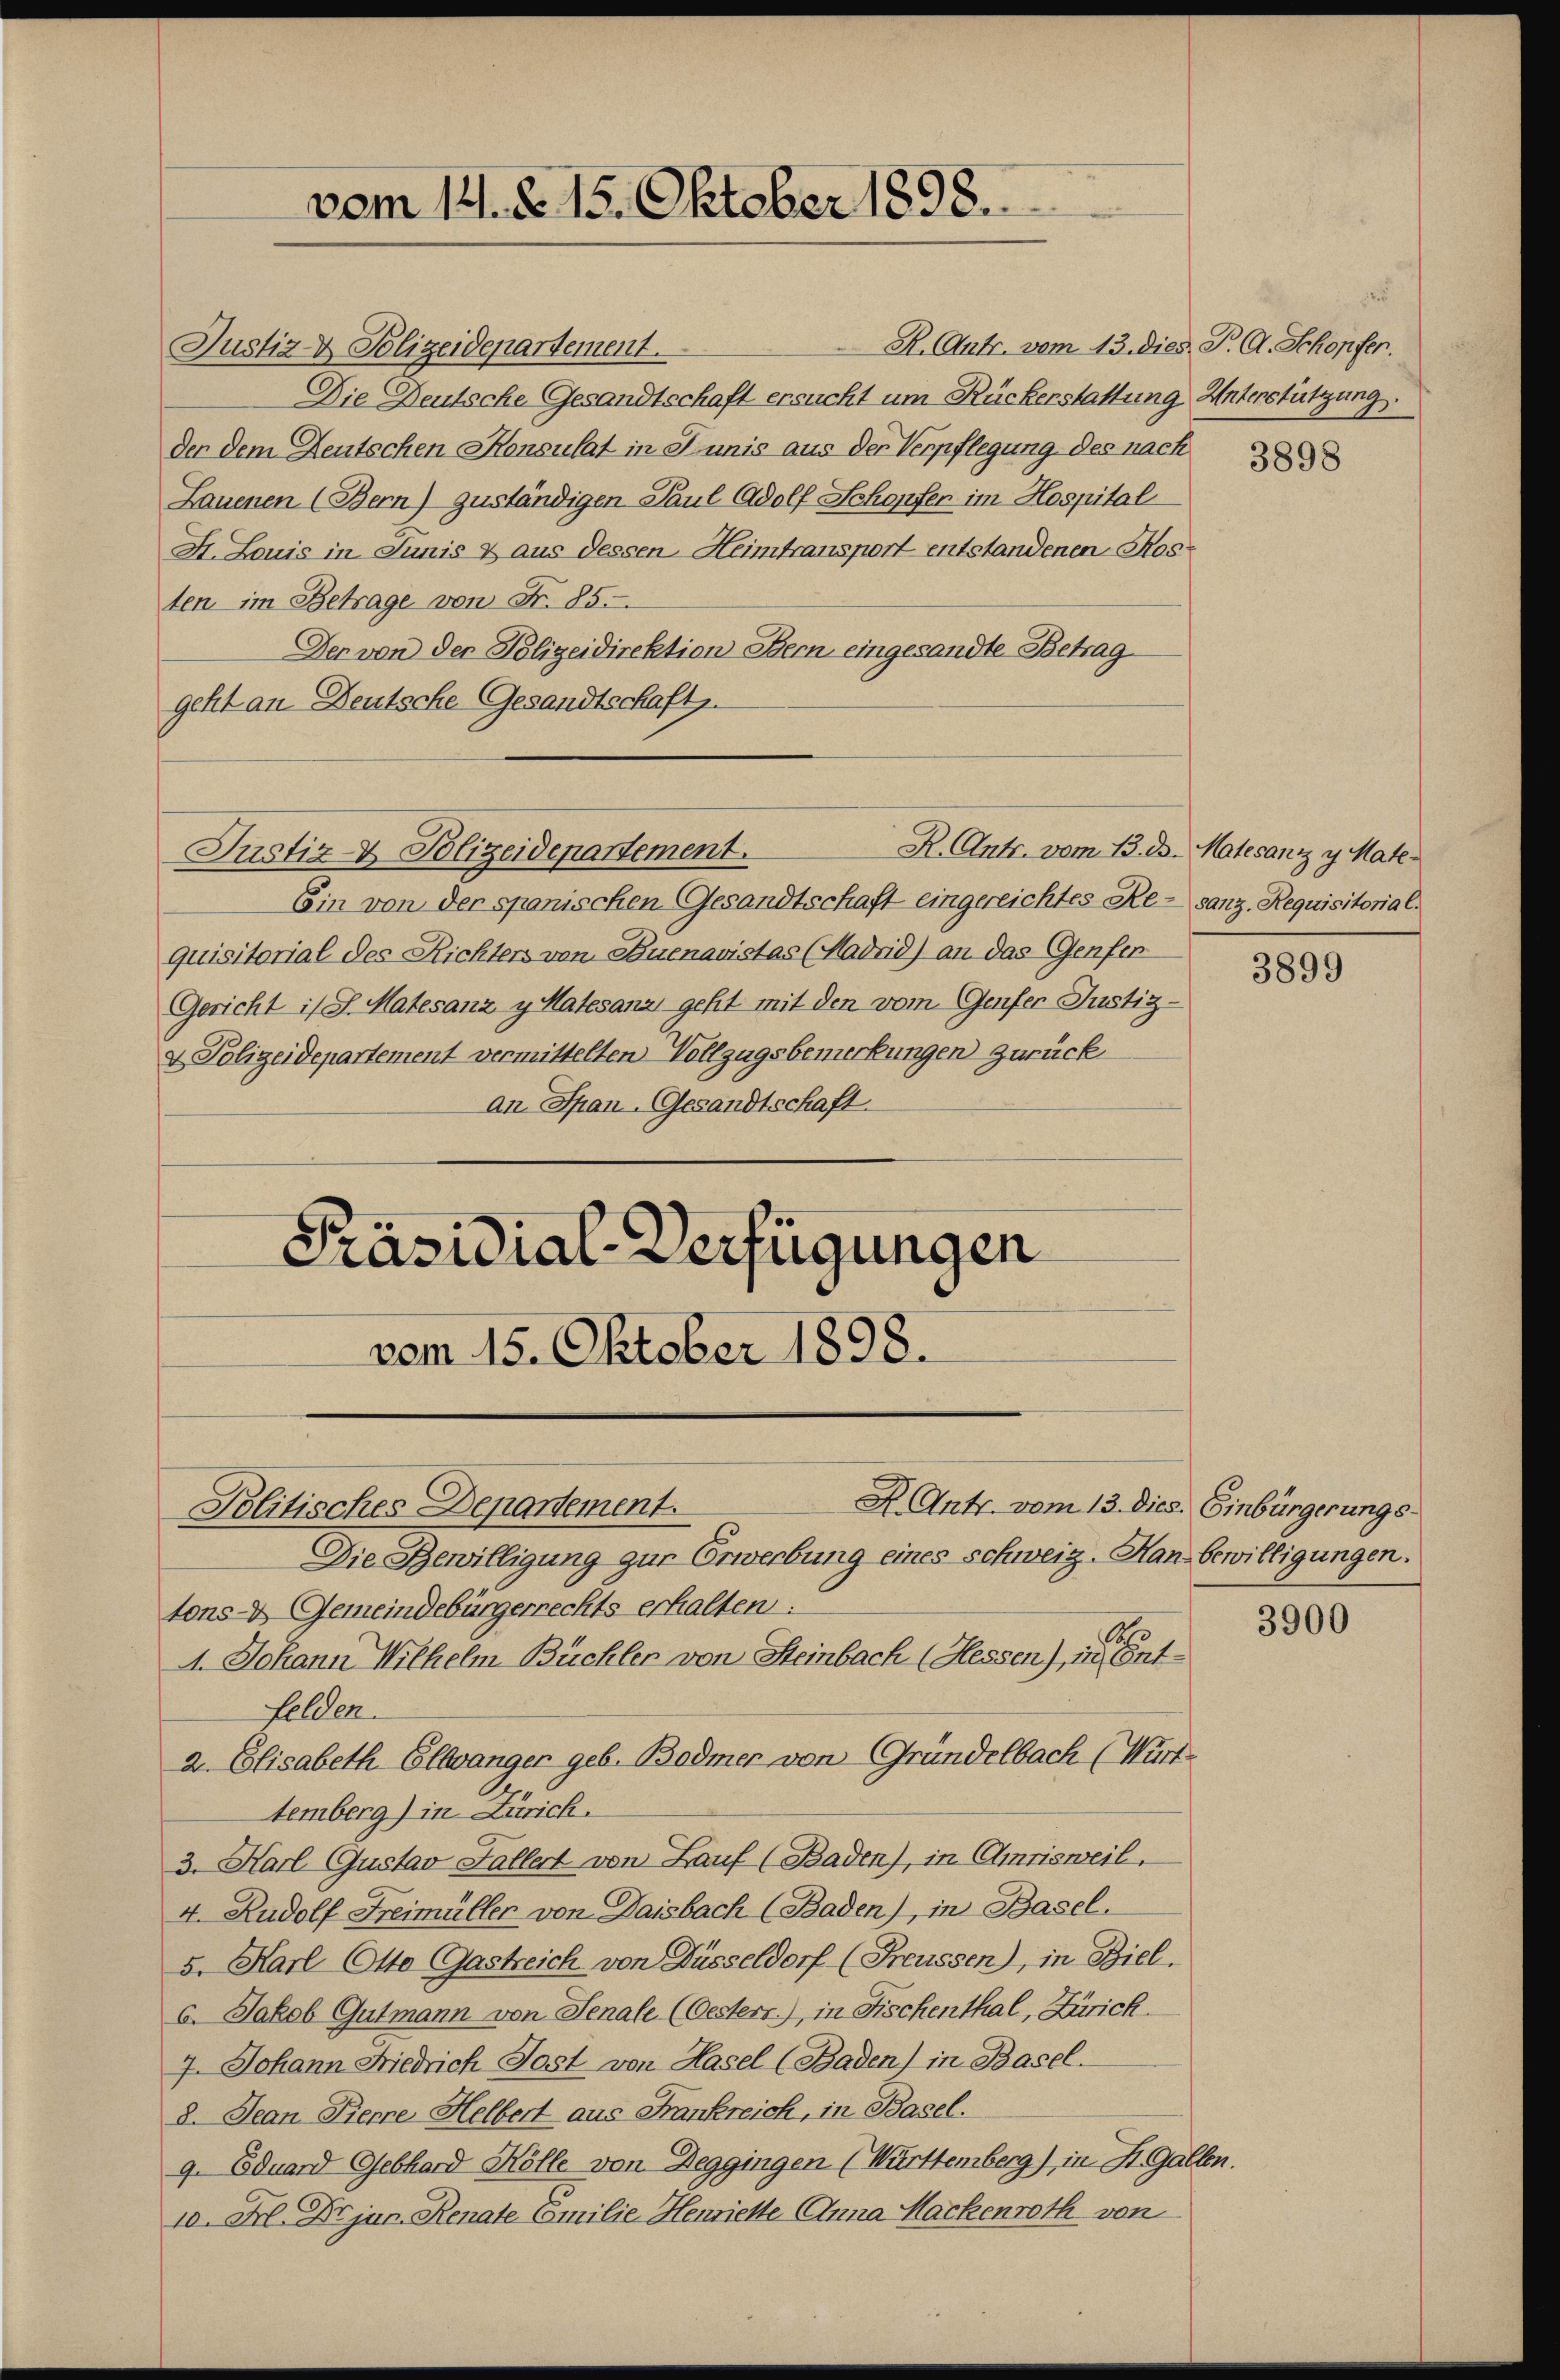
vom 14. d. 15. Oktober 1898.

R. Antr. vom 13. dies P. A. Schopfer.
Justiz- & Polizeidepartement.
Die Deutsche Gesandtschaft ersucht um Rückerstattung Unterstützung.
der dem Deutschen Konsulat in Junis aus der Verpflegung des nach
Lauenen (Bern) zuständigen Paul Adolf Schopfen im Hospital
H. Louis in Junis & aus dessen Heimtransport entstandenen Ros
ten im Betrage von Fr. 85.
Der von der Polizeidirektion Bern eingesandte Betrag
geht an Deutsche Gesandtschaft.
R. Antr. vom 13. ds. Matesanz v Mate¬
Justiz & Polizeidepartement.
Ein von der spanischen Gesandtschaft eingereichtes Re- sanz. Requisitorial.
quisitorial des Richters von Buenavistas (Madrid) an das Genfen
Gericht ist. Matesanz y Matesanz, geht mit den vom Genfer-Justiz-
& Polizeidepartement vermittelten Vollzugsbemerkungen zurück
an Span-Gesandtschaft.
Präsidial-Verfügungen
vom 15. Oktober 1898.

A. Antr. vom 13. dies Einbürgerungs
Die Bewilligung zur Erwerbung eines schweiz. Han bewilligungen.
tons- & Gemeindebürgerrechts erhalten.
1
4. Johann Wilhelm Büchler von Steinbach (Hessen), in ent¬
Fellen.
2. Elisabeth Elevanger geb. Bodmer von Gründelbach (Württemberg) in Zürich.
3. Harl Gustav Fallert von Lauf (Baden), in Amrisweil.
4. Rudolf Freimüller von Daisbach (Baden), in Basel.
5. Karl Otto Gastreich von Düsseldorf (Freussen), in Ziel.
6. Jakob Gutmann von Senale (Oesterr.), in Fischenthal, Zürich.
7. Johann Niedrich Post von Hasel (Baden) in Basel.
8. Jean Pierre Helbert aus Frankreich, in Basel.
9. Eduard Gebhard Hölle von Deggingen (Württemberg), in St. Gallen.
10. Frl. Dr jun. Renate Emilie Henriette Anna Hackenroth von

Politisches Departement.

3898

3899

3900